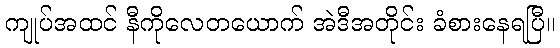
ကျုပ်အထင် နီကိုလေတယောက် အဲဒီအတိုင်း ခံစားနေရပြီ။